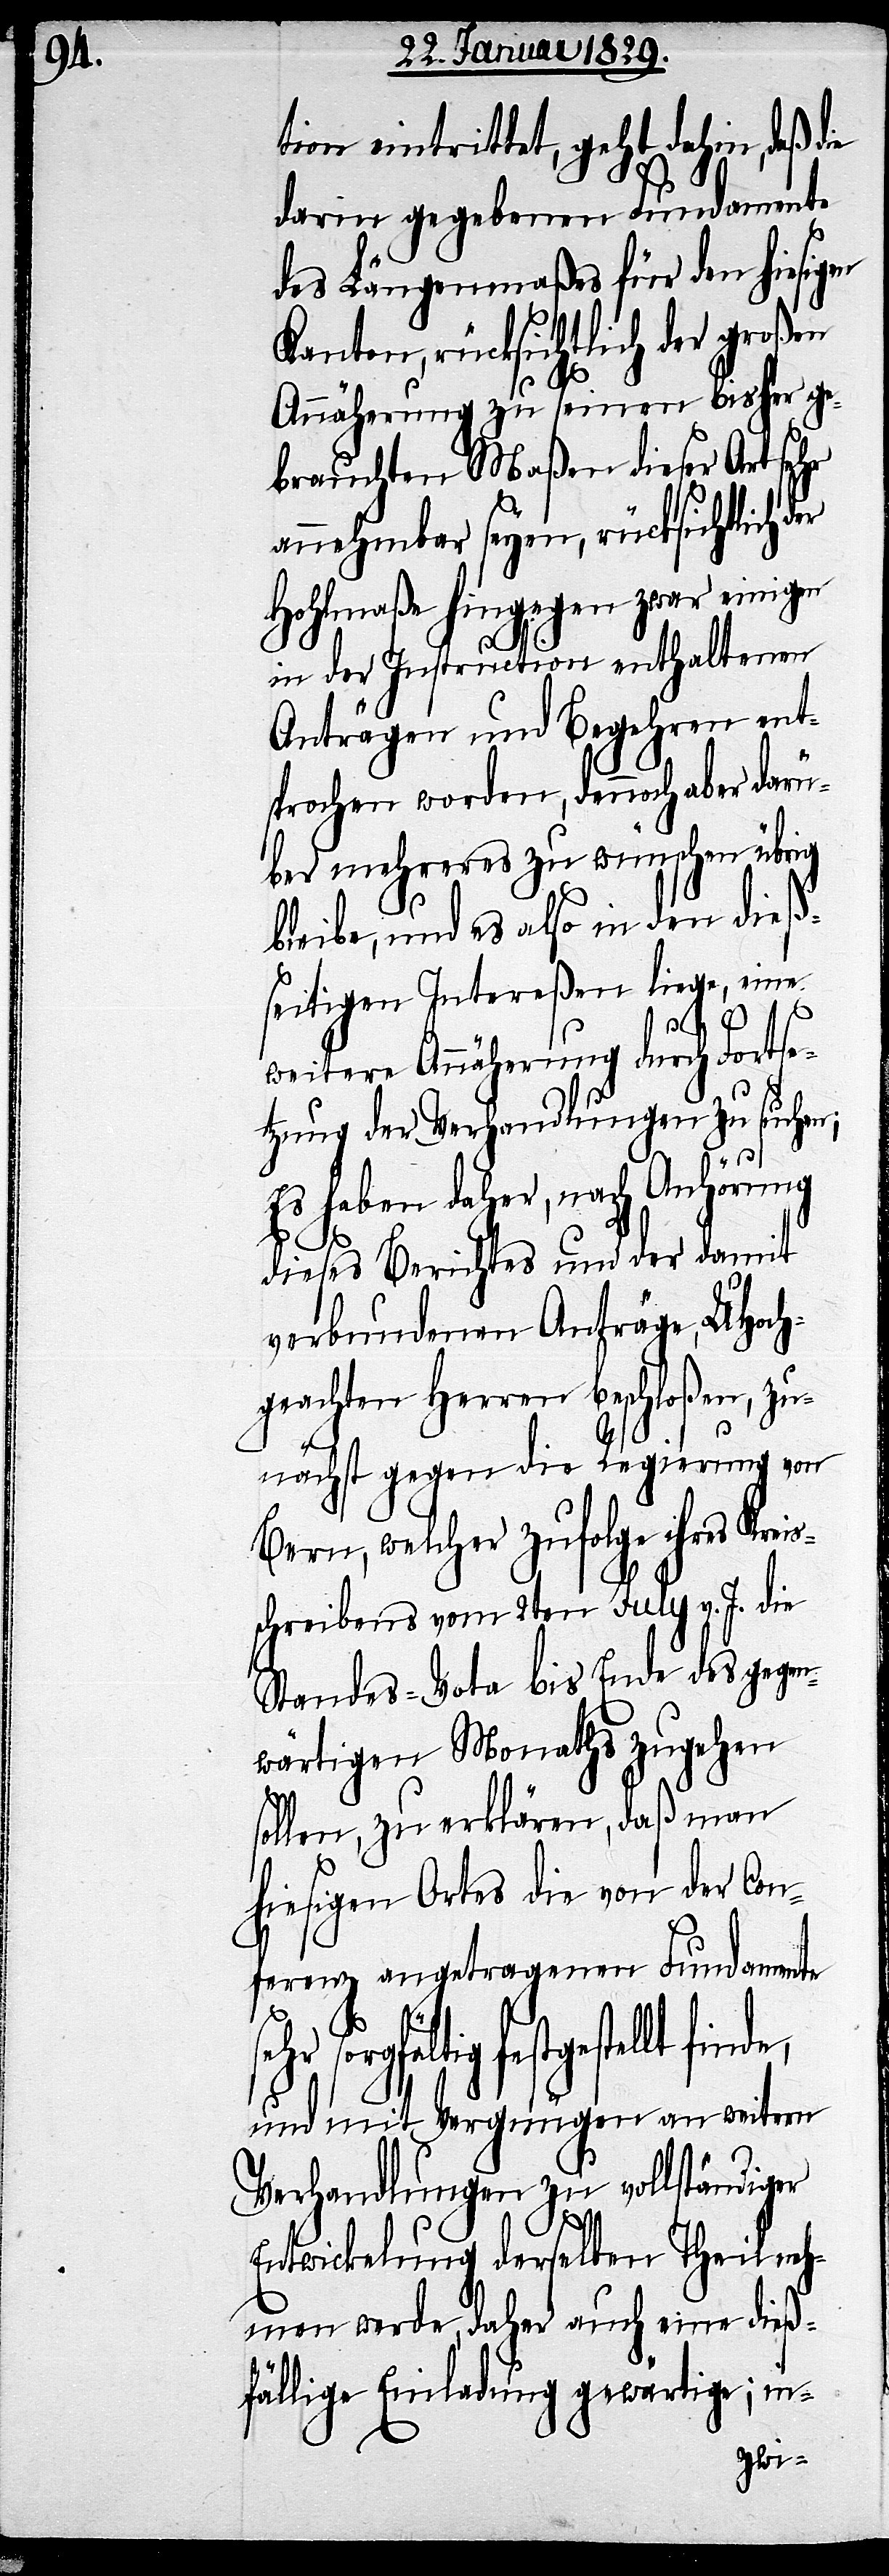
tion eintrittet, geht dahin, daß die
darin gegebenen Fundamente
des Längenmaßes für den hiesigen
Kanton, rücksichtlich der großen
Annäherung zu seinen bisher ge¬
brauchten Maßen dieser Art sehr
annehmbar seyen, rücksichtlich der
Hohlmaße hingegen zwar einigen
in der Instruction enthaltenen
Anträgen und Begehren ent¬
sprochen worden, dennoch aber darü¬
ber mehreres zu wünschen übrig
bleibe, und es also in den dieß¬
seitigen Intereßen liege, eine
weitere Annäherung durch Fortse¬
tzung der Verhandlungen zu suchen;
Es haben daher, nach Anhörung
dieses Berichtes und der damit
verbundenen Anträge, UHoch¬
geachten Herren beschloßen, zu¬
de,
nächst gegen die Regierung von
Bern, welcher zufolge ihres Krei¬
schreibens vom 2ten July v. J. die
Standes-Vota bis Ende des gegen¬
wärtigen Monaths zugehen
sollen, zu erklären, daß man
hiesigen Ortes die von der Con¬
ferenz angetragenen Fundamente
festgestellt fin¬
und mit Vergnügen an weitern
Verhandlungen zu vollständiger
Entwicklung derselben Theil neh¬
men werde, daher auch eine dieß¬
fällige Einladung gewärtige; in-